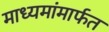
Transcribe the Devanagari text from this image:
माध्यमांमार्फत